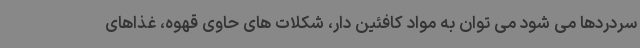
سردردها می شود می توان به مواد کافئین دار، شکلات های حاوی قهوه، غذاهای